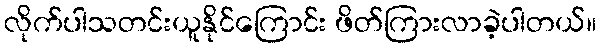
လိုက်ပါသတင်းယူနိုင်ကြောင်း ဖိတ်ကြားလာခဲ့ပါတယ်။